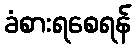
ခံစားရစေရန်